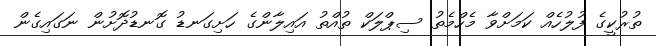
ތުރުކީގެ ފުލުހެއް ކަމަށްވާ މެހްމެތު ސިޕްލަކް ތުއްތު އައިލާންގެ ހަށިގަނޑު ގޮނޑުދޮށުން ނަގައިގެން